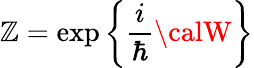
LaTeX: {\cal\mathbb{Z}}=\exp\bigg\{ \frac{{i}}{{\hbar}}{\calW}\bigg\}